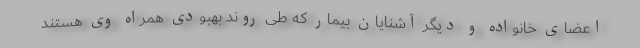
اعضای خانواده و دیگر آشنایان بیمار که طی روند بهبودی همراه وی هستند